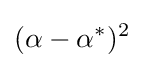
(\alpha -\alpha ^{*})^{2}